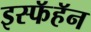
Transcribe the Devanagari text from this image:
इस्फॅहॅन